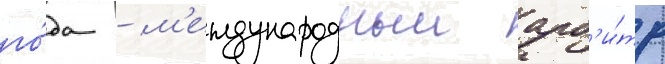
го́да - м'еждународныи арб'и́тр